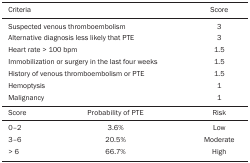
<table><thead><tr><td colspan="2"><b>Criteria</b></td><td><b>Score</b></td></tr></thead><tbody><tr><td colspan="2">Suspected venous thromboembolism</td><td>3</td></tr><tr><td colspan="2">Alternative diagnosis less likely thatPTE</td><td>3</td></tr><tr><td colspan="2">Heart rate &gt; 100 bpm</td><td>1.5</td></tr><tr><td colspan="2">Immobilization or surgery in the last fourweeks</td><td>1.5</td></tr><tr><td colspan="2">History of venous thromboembolism orPTE</td><td>1.5</td></tr><tr><td colspan="2">Hemoptysis</td><td>1</td></tr><tr><td colspan="2">Malignancy</td><td>1</td></tr><tr><td>Score</td><td>Probability of PTE</td><td>Risk</td></tr><tr><td>0-2</td><td>3.6%</td><td>Low</td></tr><tr><td>3-6</td><td>20.5%</td><td>Moderate</td></tr><tr><td>&gt; 6</td><td>66.7%</td><td>High</td></tr></tbody></table>